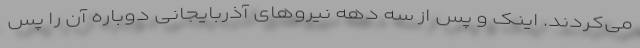
می‌کردند. اینک و پس از سه دهه نیروهای آذربایجانی دوباره آن را پس